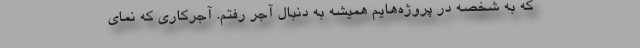
که به شخصه در پروژه‌هایم همیشه به دنبال آجر رفتم. آجرکاری که نمای